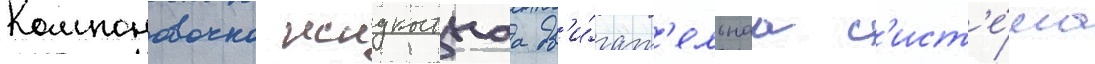
Компоновочно жидкостнаа дв'и́гат'ельнаа с'ист'е́ма